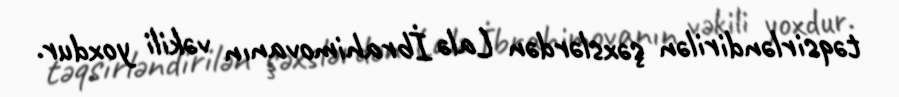
təqsirləndirilən şəxslərdən Lalə İbrahimovanın vəkili yoxdur.